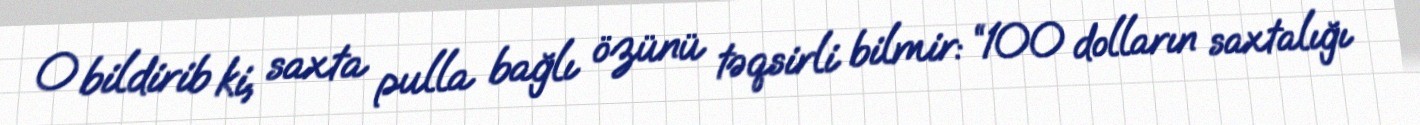
O bildirib ki, saxta pulla bağlı özünü təqsirli bilmir: “100 dolların saxtalığı